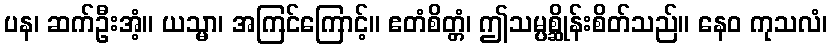
ပန၊ ဆက်ဦးအံ့။ ယသ္မာ၊ အကြင်ကြောင့်။ ဧတံစိတ္တံ၊ ဤသမ္ပစ္ဆိုန်းစိတ်သည်။ နေဝ ကုသလံ၊